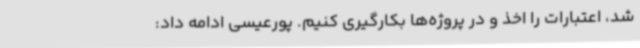
شد، اعتبارات را اخذ و در پروژه‌ها بکارگیری کنیم. پورعیسی ادامه داد: